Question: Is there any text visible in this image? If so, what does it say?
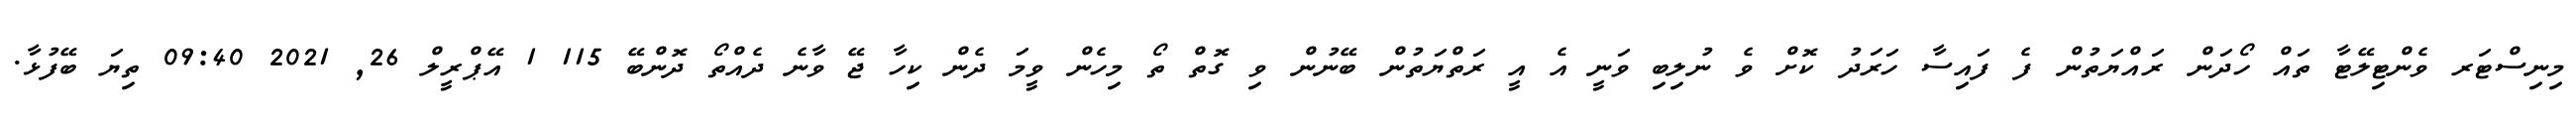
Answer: މިނިސްޓަރ ވެންޓިލޭޓާ ތައް ހޯދަން ރައްޔަތުން ފެ ފައިސާ ހަރަދު ކޮށް ވެ ނުލިބި ވަނީ އެ އީ ރަތްޔަތުން ބޭނުން ވި ގޮތް ތޯ މިހެން ވީމަ ދެން ކިހާ ޖޭ ވާނެ ދެއްތޯ ދޮންބޭ 115 1 އޭޕްރީލް 26, 2021 09:40 ތިޔަ ބޭފުޅާ.